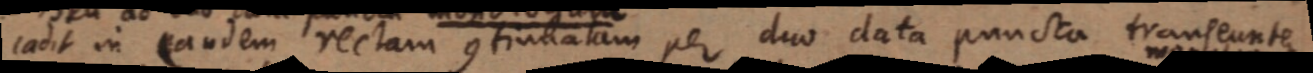
cadit in eandem rectam continuatam per duo data puncta transeuntem